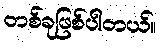
တစ်ခုဖြစ်ပါတယ်။